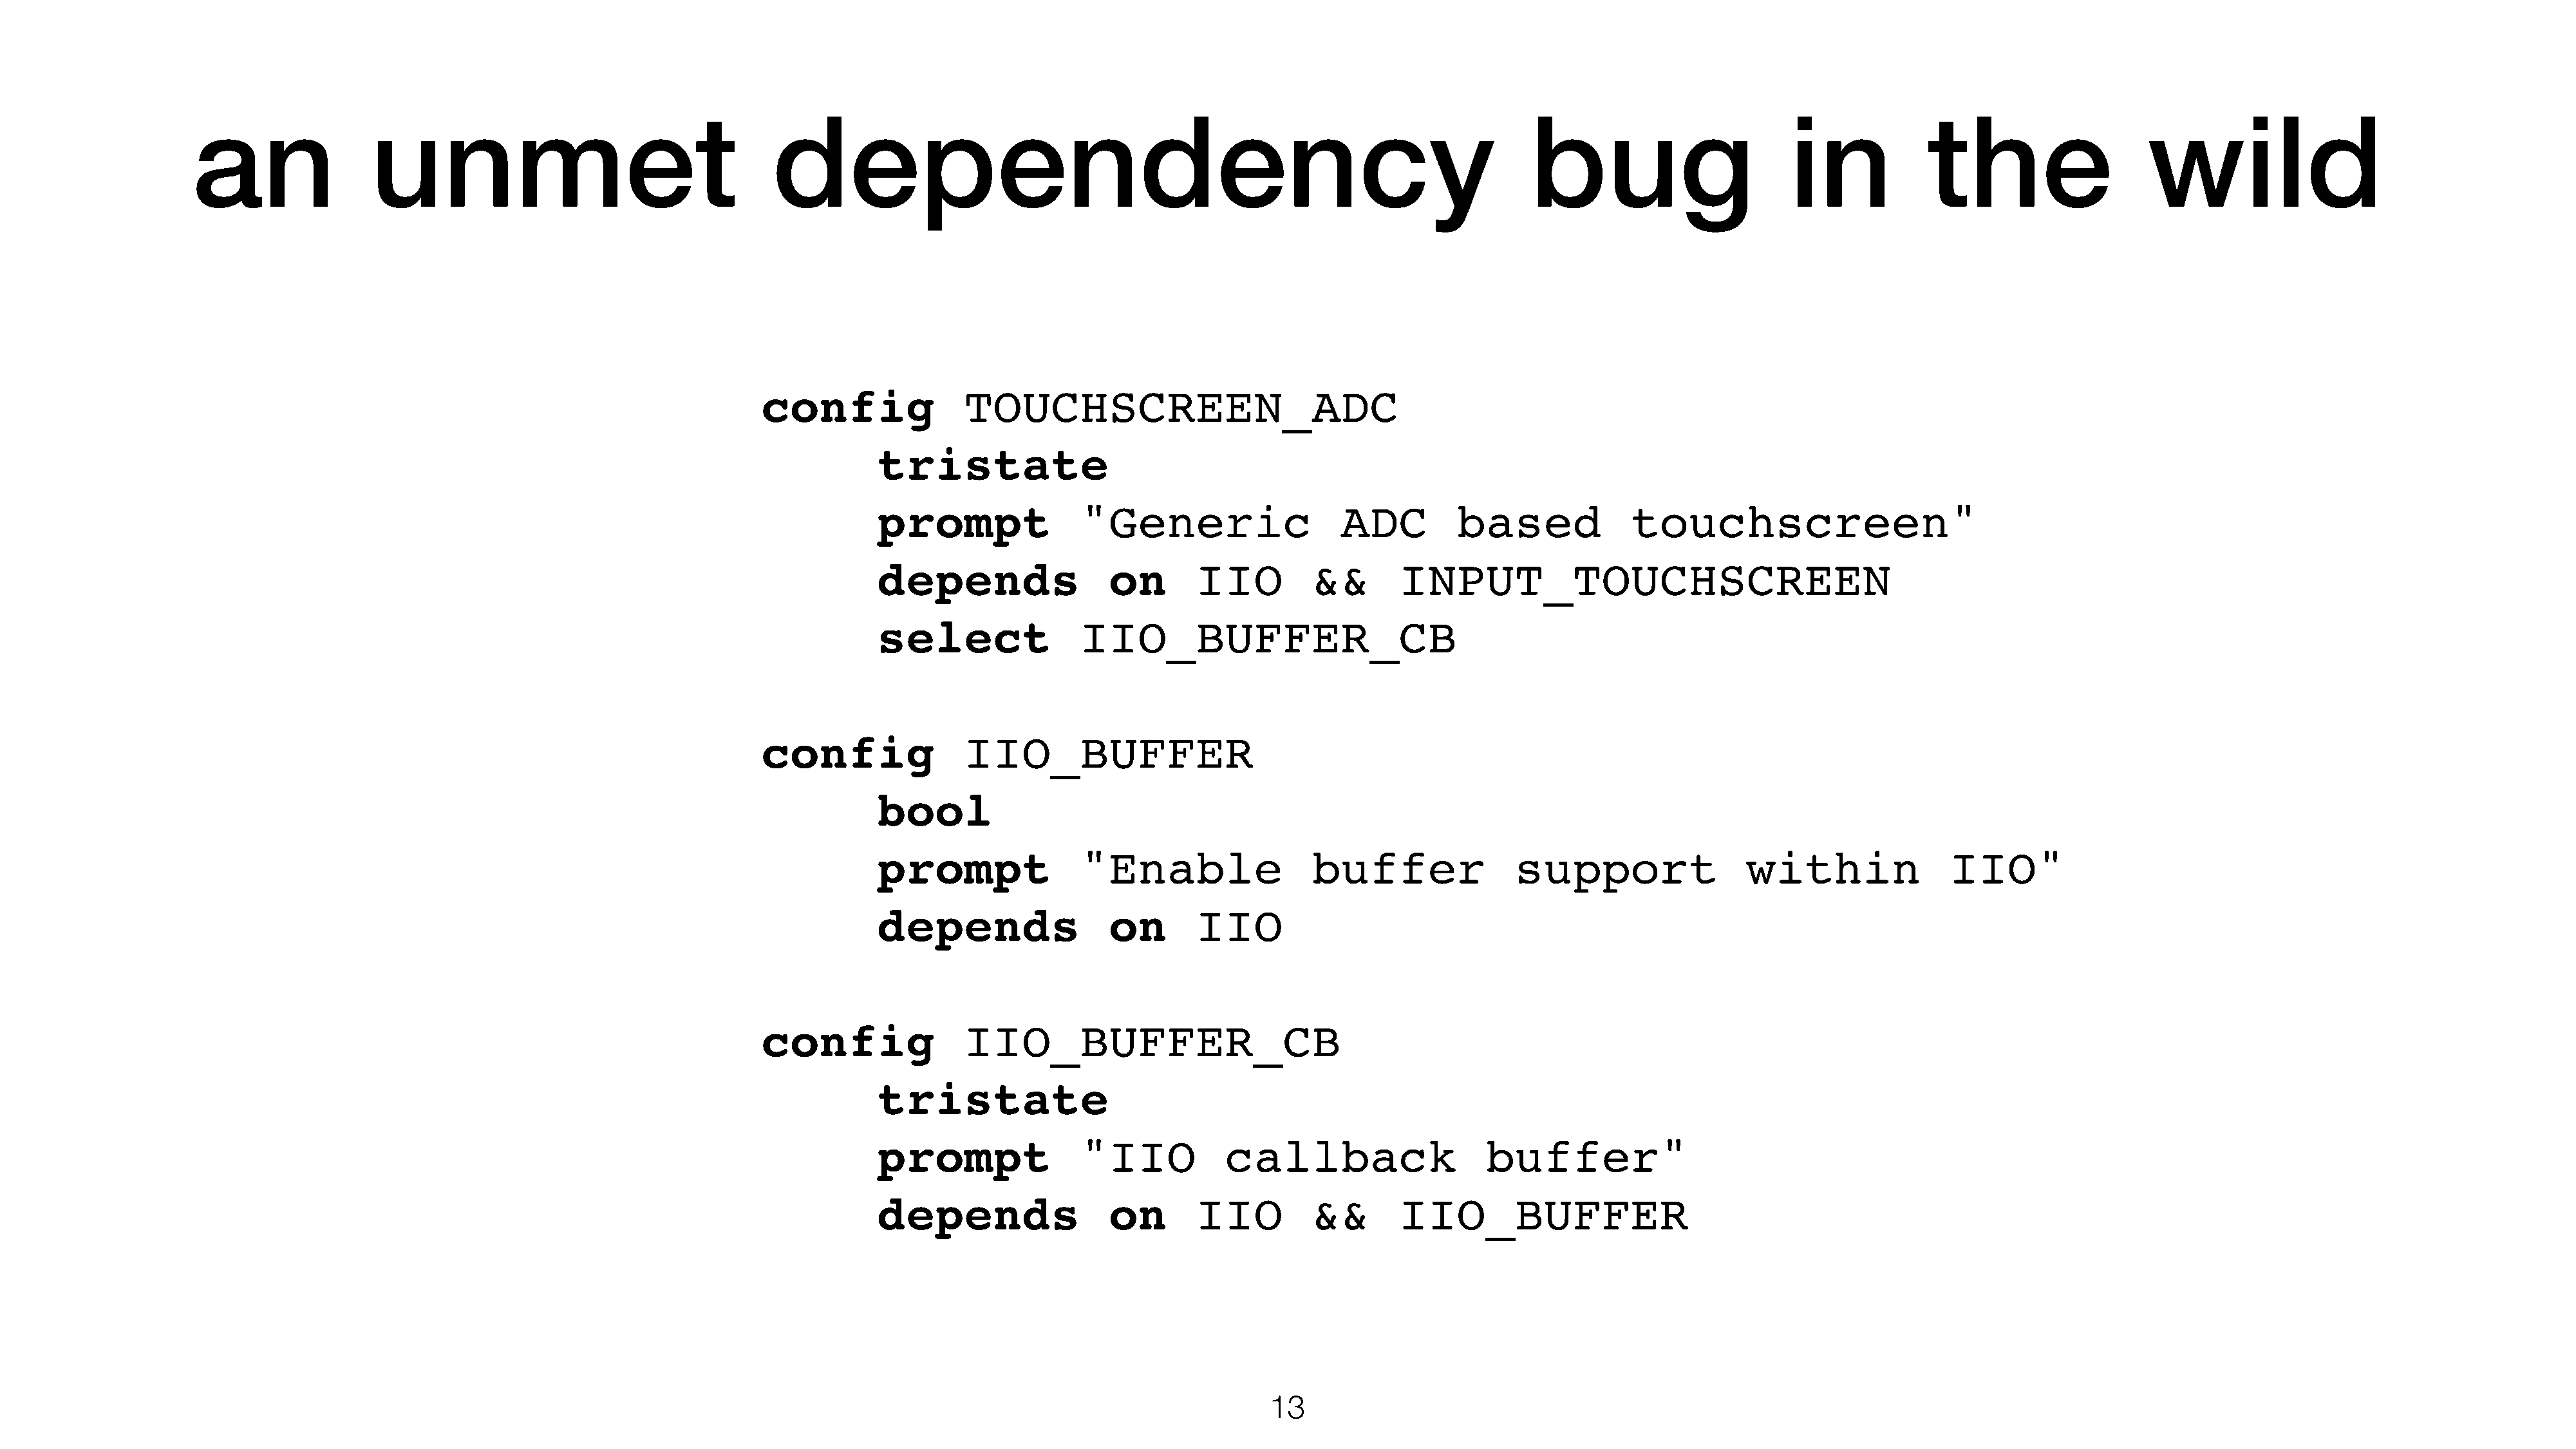
an                unmet                                    dependency                                                                    bug                        in            the                    wild
 config               TOUCHSCREEN_ADC
 tristate
 prompt               "Generic                   ADC         based             touchscreen"
 depends                 on       IIO         &&       INPUT_TOUCHSCREEN
 select               IIO_BUFFER_CB
 config               IIO_BUFFER
 bool
 prompt               "Enable                 buffer               support                 within              IIO"
 depends                 on       IIO
 config               IIO_BUFFER_CB
 tristate
 prompt               "IIO           callback                   buffer"
 depends                 on       IIO         &&       IIO_BUFFER
 13